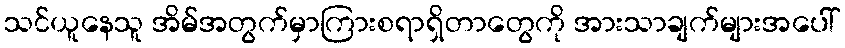
သင်ယူနေသူ အိမ်အတွက်မှာကြားစရာရှိတာတွေကို အားသာချက်များအပေါ်